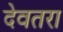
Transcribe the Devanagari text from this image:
देवतरा